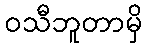
ဝသီဘူတာမှိ